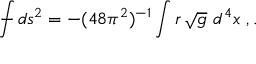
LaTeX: { \int \! \! \! \! \! \! - } \, d s ^ { 2 } = - ( 4 8 \pi ^ { 2 } ) ^ { - 1 } \int r \, \sqrt { g } \ d ^ { 4 } x \ , .